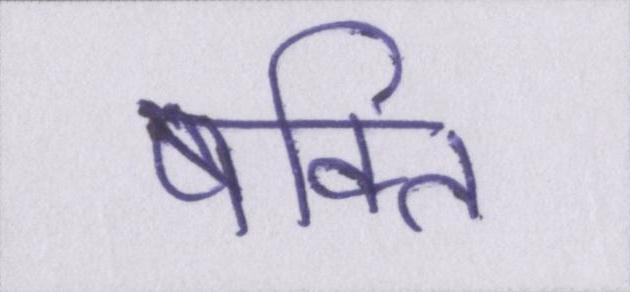
षक्ति